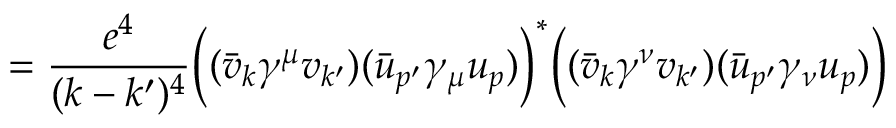
= { \frac { e ^ { 4 } } { ( k - k ^ { \prime } ) ^ { 4 } } } { \Big ( } ( { \bar { v } } _ { k } \gamma ^ { \mu } v _ { k ^ { \prime } } ) ( { \bar { u } } _ { p ^ { \prime } } \gamma _ { \mu } u _ { p } ) { \Big ) } ^ { * } { \Big ( } ( { \bar { v } } _ { k } \gamma ^ { \nu } v _ { k ^ { \prime } } ) ( { \bar { u } } _ { p ^ { \prime } } \gamma _ { \nu } u _ { p } ) { \Big ) }